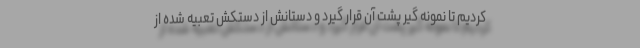
کردیم تا نمونه گیر پشت آن قرار گیرد و دستانش از دستکش تعبیه شده از